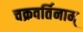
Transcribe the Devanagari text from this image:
चक्रवर्तिनाम्